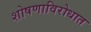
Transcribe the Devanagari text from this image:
शोषणाविरोधात